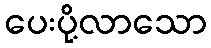
ပေးပို့လာသော